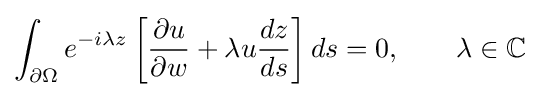
\int _{\partial \Omega }e^{-i\lambda z}\left[{\frac {\partial u}{\partial w}}+\lambda u{\frac {dz}{ds}}\right]ds=0,\qquad \lambda \in \mathbb {C}